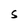
Character: S